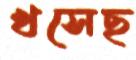
খসেছ